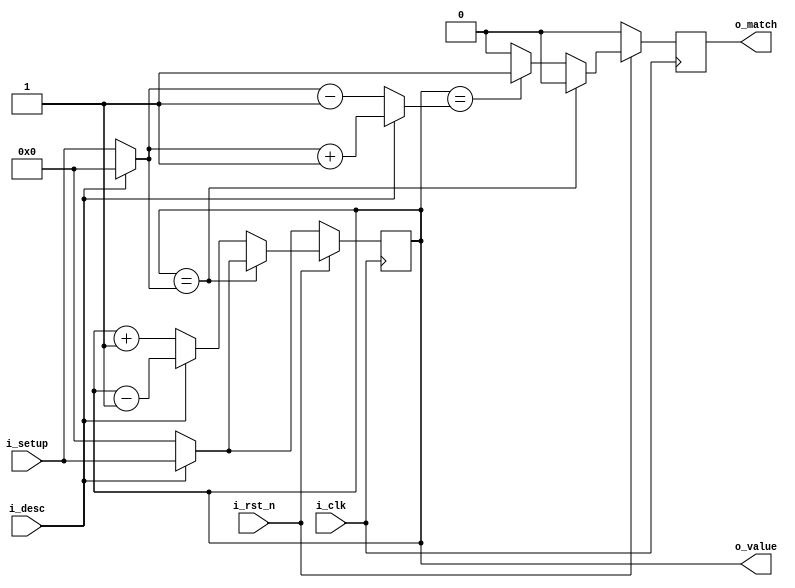
module counter2
#(
    parameter WIDTH = 16
) (
    output wire [WIDTH-1:0] o_value,
    output reg o_match,
    input wire i_clk,
    input wire i_rst_n,
    input wire i_desc,
    input wire [WIDTH-1:0] i_setup
);

    reg [WIDTH-1:0] counter_value;
    wire [WIDTH-1:0] finish_value;
    wire [WIDTH-1:0] compare_value;

    assign o_value = counter_value;
    assign finish_value = i_desc ? { WIDTH{1'b0} } : i_setup;
    assign compare_value = i_desc ? finish_value + 1'b1 : finish_value - 1'b1;

    always @(posedge i_clk) begin
        if (!i_rst_n) begin
            o_match <= #1 0;
            restart();
        end else begin
            o_match <= #1 0;

            if (counter_value == finish_value) begin
                restart();
            end else if (counter_value == compare_value) begin
                // match pulls high on next clock cycle
                // which will be the finish cycle
                o_match <= #1 1'b1;
                step();
            end else begin
                step();
            end
        end
    end

    task step;
        if (i_desc) counter_value <= #1 counter_value - 1'b1;
        else counter_value <= #1 counter_value + 1'b1;
    endtask

    task restart;
        if (i_desc) counter_value <= #1 i_setup;
        else counter_value <= #1 { WIDTH{1'b0} };
    endtask

endmodule